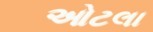
ઓટલા